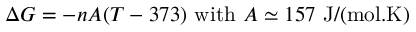
\Delta G = - n A ( T - 3 7 3 ) \ \mathrm { w i t h } \ A \simeq 1 5 7 \ \mathrm { J / ( m o l . K ) }